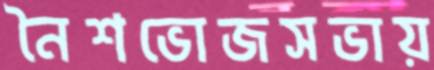
নৈশভোজসভায়